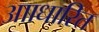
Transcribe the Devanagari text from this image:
आाधारित